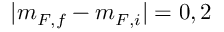
| m _ { F , f } - m _ { F , i } | = 0 , 2